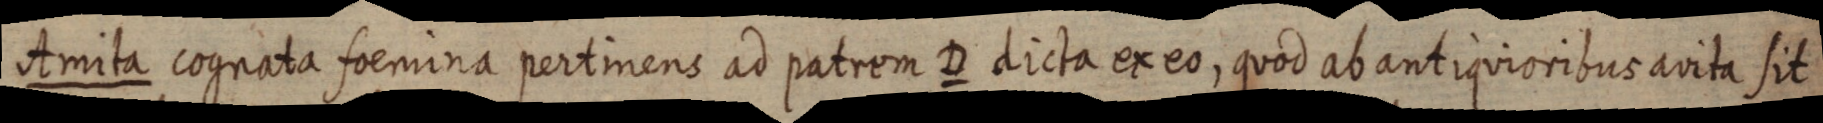
Amita cognata foemina pertinens ad patrem D dicta ex eo, quod ab antiquioribus avita sit